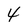
Character: 4